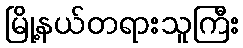
မြို့နယ်တရားသူကြီး